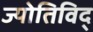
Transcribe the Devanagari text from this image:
ज्योतिविद्